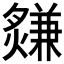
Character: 𤑃